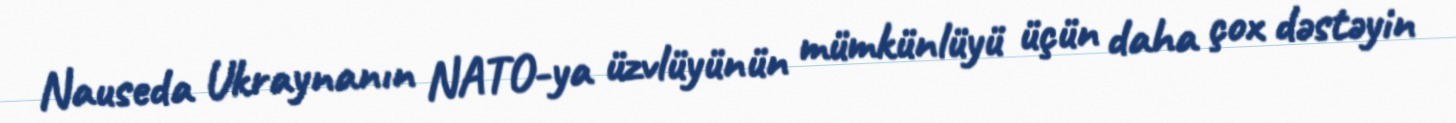
Nauseda Ukraynanın NATO-ya üzvlüyünün mümkünlüyü üçün daha çox dəstəyin